Civil Veterinary Department Bihar reports 1936-40 - 1936-1940
Year: 1936
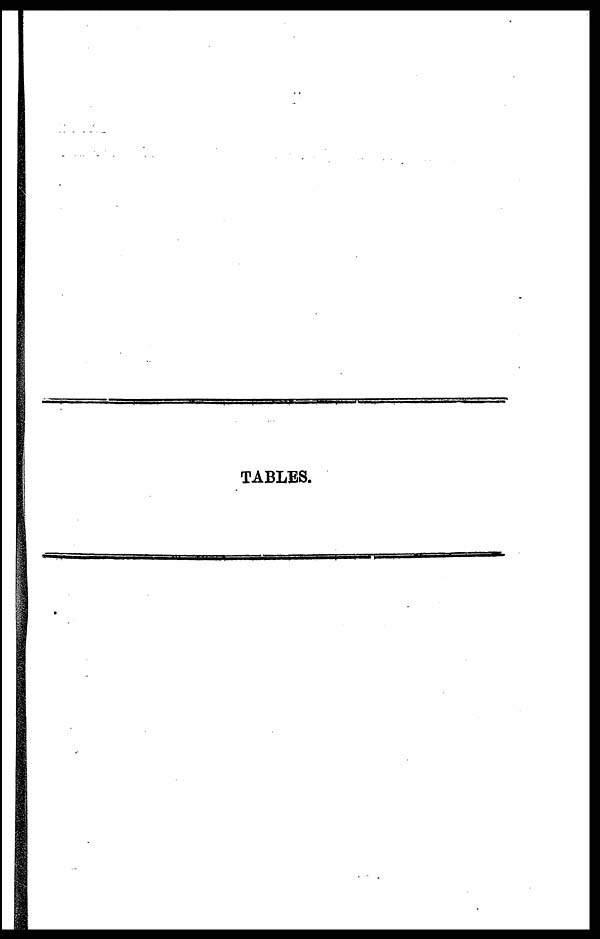
TABLES.